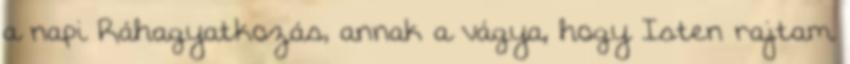
a napi Ráhagyatkozás, annak a vágya, hogy Isten rajtam